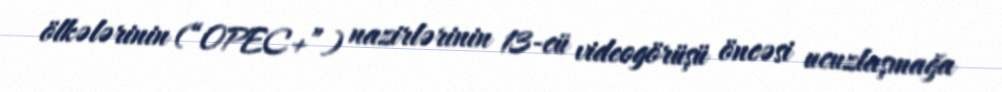
ölkələrinin (“OPEC+”) nazirlərinin 13-cü videogörüşü öncəsi ucuzlaşmağa